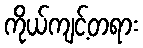
ကိုယ်ကျင့်တရား